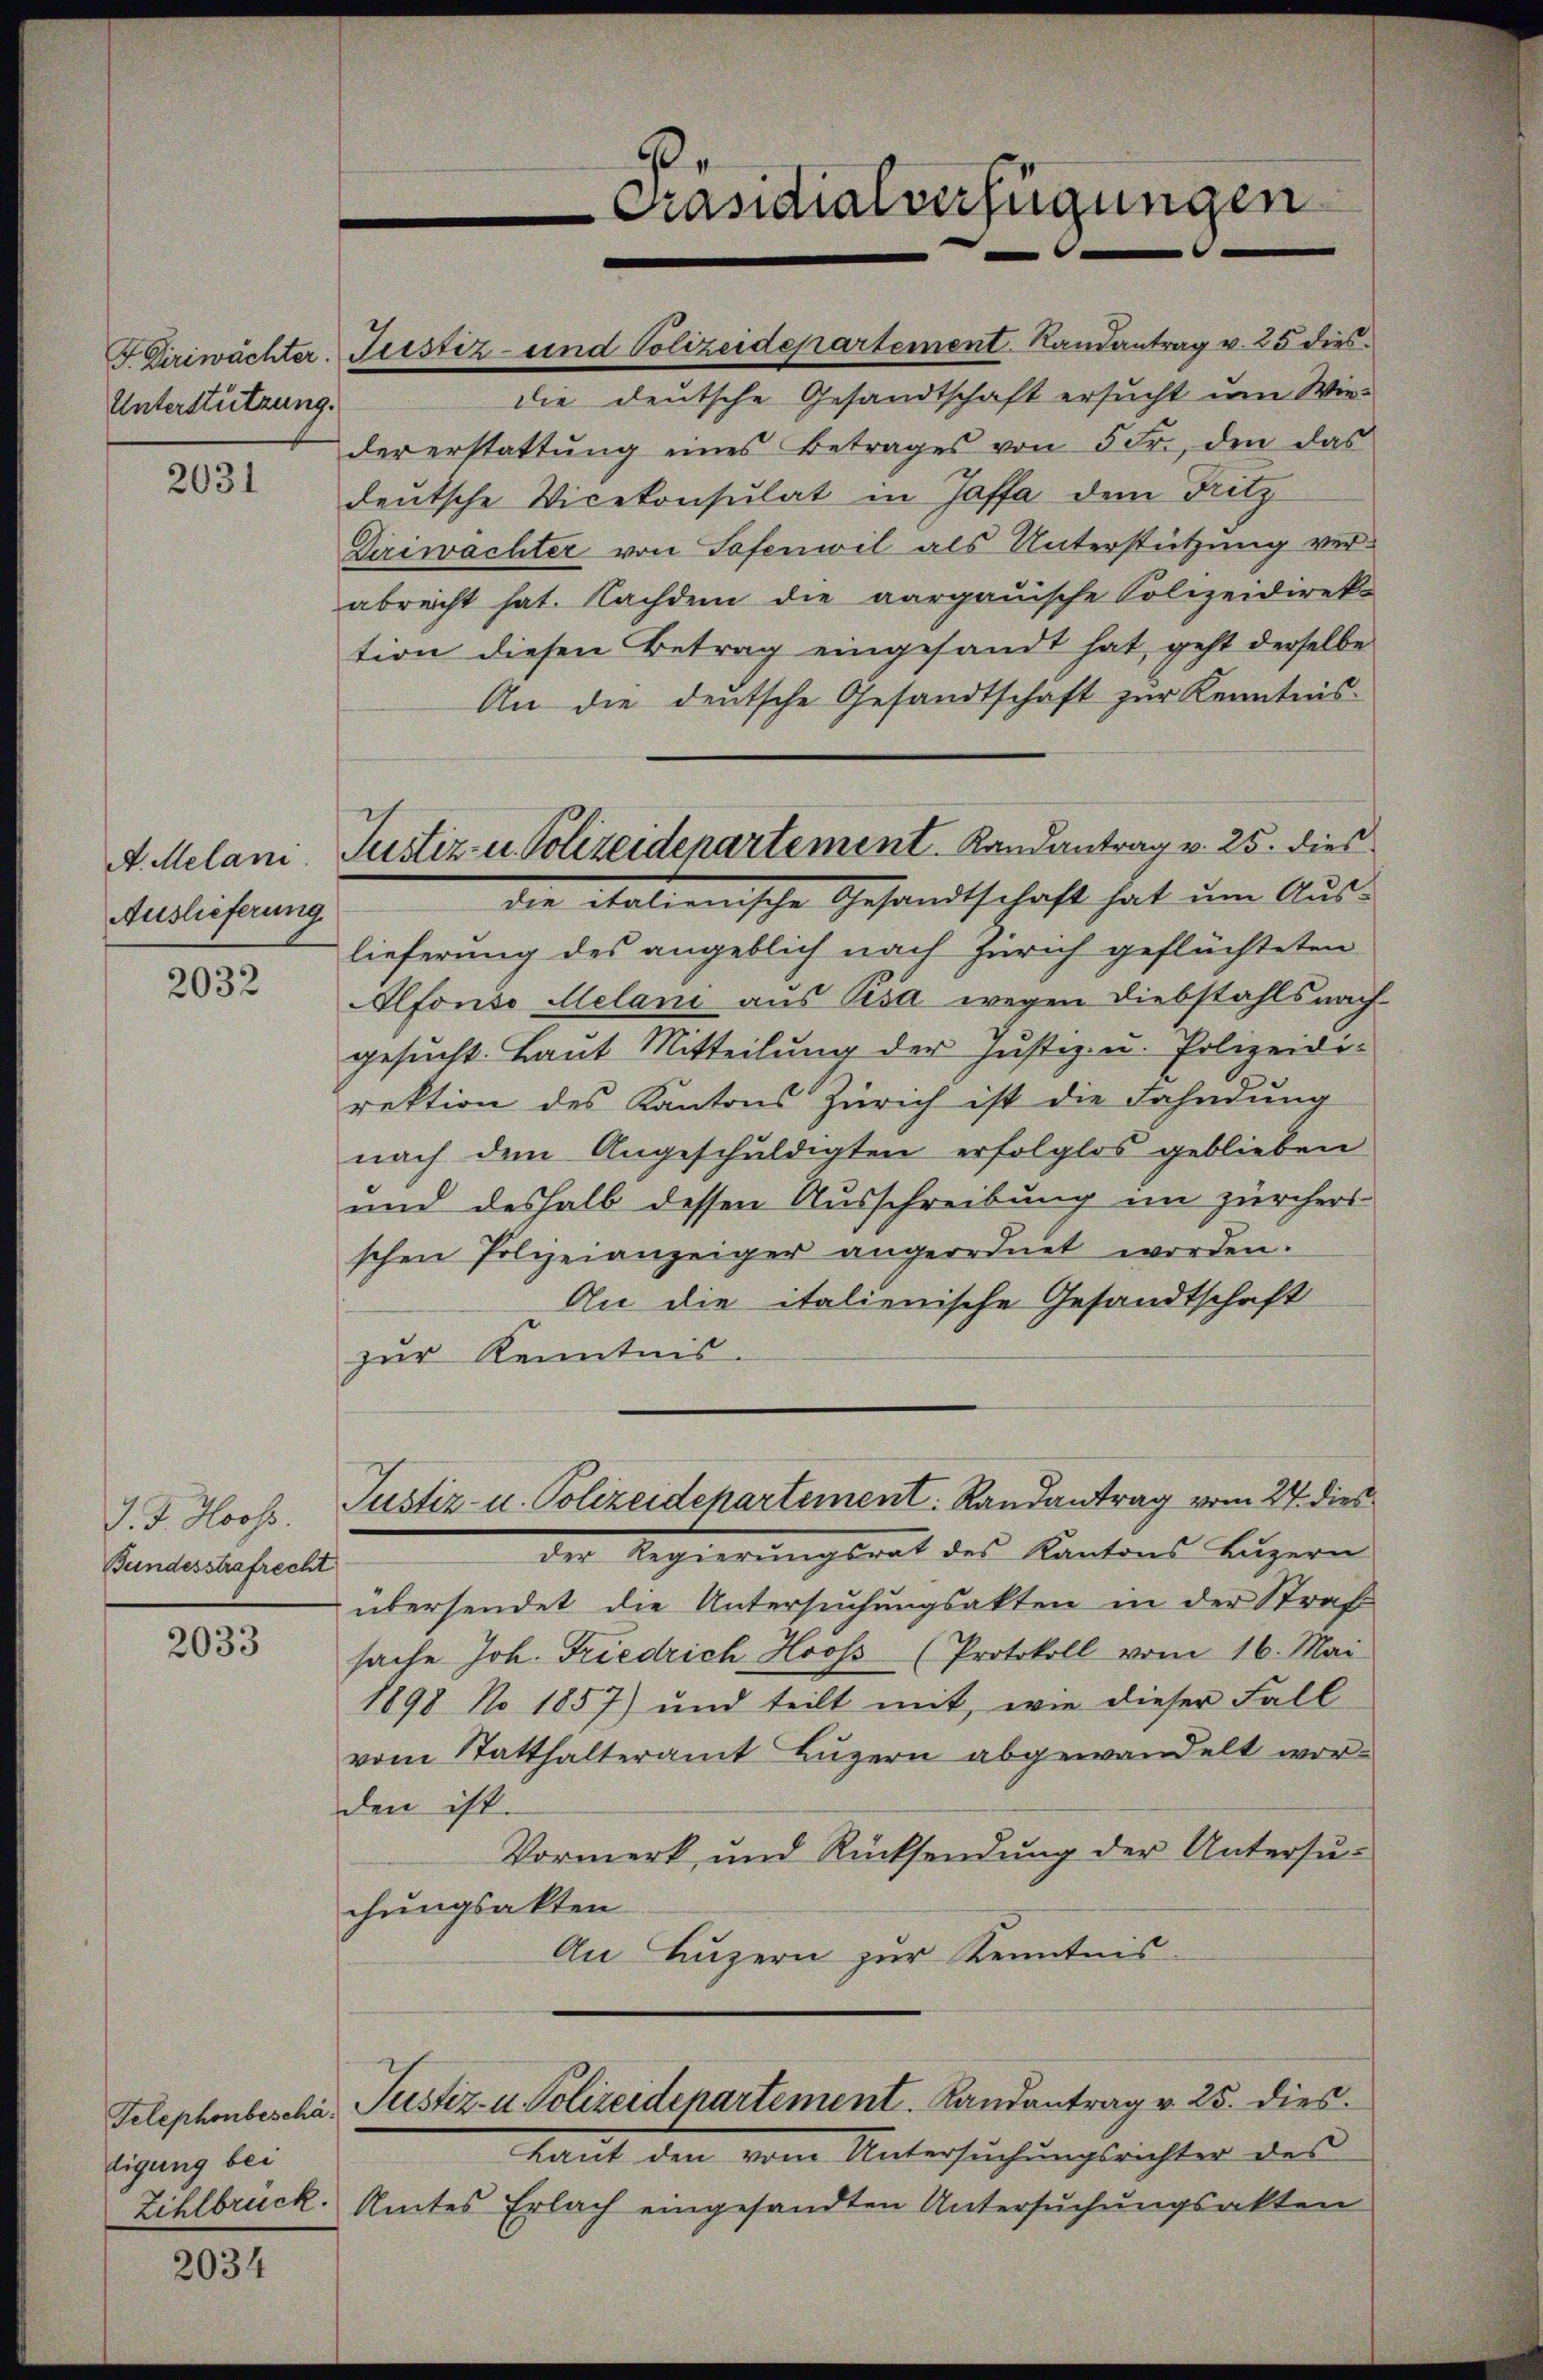
Unterstützung.

2031

A. Melani.
Auslieferung.

2032

J. J. Hooss
Bundesstrafrecht

2033

tigung bei

2034

F. Diriwächter. Justiz- und Polizeidepartement. Randantrag u. 25 dies
die deutsche Gesandtschaft ersucht um Wieder erstattŭng eines Betrages von 5 Fr., den das
deutsche Vicekonsulat in Jassa dem Fritz
Ziriwachter von Sefenwil als Unterstützung ver-
abreicht hat. Nachdem die aargauische Polizeidirek-
tion diesen Betrag eingesandt hat, geht derselbe
An die deutsche Gesandtschaft zur Kenntnis-
lieferung des angeblich nach Zürich geflüchteten
Alfonso Melani aus Psa wegen Diebstahls nach-
gesucht. Laut Mitteilung der Justiz- u. Polizeidirektion des Kantons Zürich ist die Fahndung
nach dem Angeschuldigten erfolglos geblieben
und deshalb dessen Ausschreibung im zürchers
schen Polizeianzeiger angeordnet worden.
An die italienische Gesandtschaft
zur Kenntnis.
Justiz- u. Polizeidepartement. Randantrag vom 27. dies
der Regierungsrat des Kantons Luzern
übersendet die Untersuchungsakten in der Straf
sache Joh. Friedrich Hooss (Protokoll vom 16. Mai
1898 No 1857) und teilt mit, wie dieser Fall
vom Statthalteramt Luzern abgewandelt worden ist.
Vormerk und Rücksendung der Untersuchungsakten
An Luzern zur Kenntnis
Telephonbescha Pustiz- u. Polizeidepartement. Landantrag v. 25. dies
Laut den vom Untersuchungsrichter des
Zihlbrück. Amtes Erlach eingesandten Untersuchungsakten

Justiz- u. Polizeidepartement. Landantrag v. 25. dies
die italienische Gesandtschaft hat um Aus-

1
Präsidialverfügungen